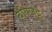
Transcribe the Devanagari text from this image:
बयिलेट्टु